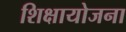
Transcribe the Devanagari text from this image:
शिक्षायोजना